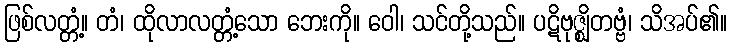
ဖြစ်လတ္တံ့။ တံ၊ ထိုလာလတ္တံ့သော ဘေးကို။ ဝေါ၊ သင်တို့သည်။ ပဋိဗုဇ္ဈိတဗ္ဗံ၊ သိအပ်၏။